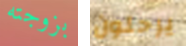
بزوجته يرحلون